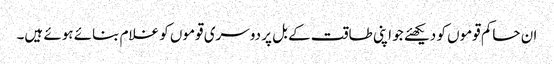
ان حاکم قوموں کو دیکھئے جو اپنی طاقت کے بل پر دوسری قوموں کو غلام بنائے ہوئے ہیں۔